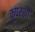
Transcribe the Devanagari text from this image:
कूपरशो